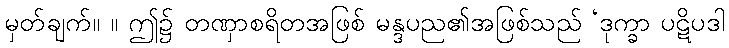
မှတ်ချက်။ ။ ဤ၌ တဏှာစရိတအဖြစ် မန္ဒပည၏အဖြစ်သည် ‘ဒုက္ခာ ပဋိပဒါ